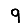
Digit: 9